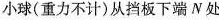
小球(重力不计)从挡板下端N处